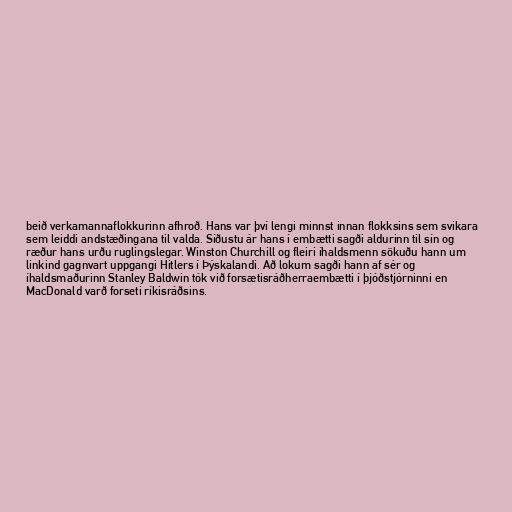
beið verkamannaflokkurinn afhroð. Hans var því lengi minnst innan flokksins sem svikara
sem leiddi andstæðingana til valda. Síðustu ár hans í embætti sagði aldurinn til sín og
ræður hans urðu ruglingslegar. Winston Churchill og fleiri íhaldsmenn sökuðu hann um
linkind gagnvart uppgangi Hitlers í Þýskalandi. Að lokum sagði hann af sér og
íhaldsmaðurinn Stanley Baldwin tók við forsætisráðherraembætti í þjóðstjórninni en
MacDonald varð forseti ríkisráðsins.